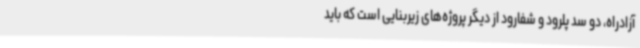
آزادراه، دو سد پلرود و شفارود از دیگر پروژه‌های زیربنایی است که باید